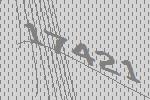
17421